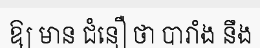
ឱ្យ មាន ជំនឿ ថា បារាំង នឹង